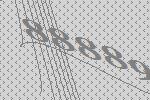
88889